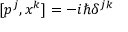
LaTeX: [ p ^ { j } , x ^ { k } ] = - i \hbar \delta ^ { j k }